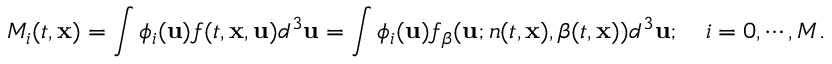
M _ { i } ( t , \mathbf { x } ) = \int \phi _ { i } ( \mathbf { u } ) f ( t , \mathbf { x } , \mathbf { u } ) d ^ { 3 } \mathbf { u } = \int \phi _ { i } ( \mathbf { u } ) f _ { \boldsymbol { \beta } } ( \mathbf { u } ; n ( t , \mathbf { x } ) , \boldsymbol { \beta } ( t , \mathbf { x } ) ) d ^ { 3 } \mathbf { u } ; \quad i = 0 , \cdots , M .